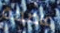
عاصمة